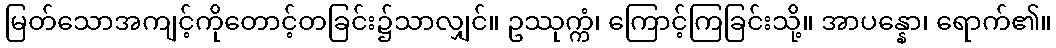
မြတ်သောအကျင့်ကိုတောင့်တခြင်း၌သာလျှင်။ ဥဿုက္ကံ၊ ကြောင့်ကြခြင်းသို့။ အာပန္နော၊ ရောက်၏။